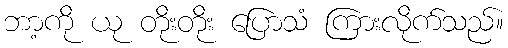
ဘာ့ကို ယု တိုးတိုး ပြောသံ ကြားလိုက်သည်။